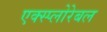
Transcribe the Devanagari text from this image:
एक्स्प्लोरेबल